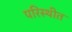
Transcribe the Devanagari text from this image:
परिस्थीत